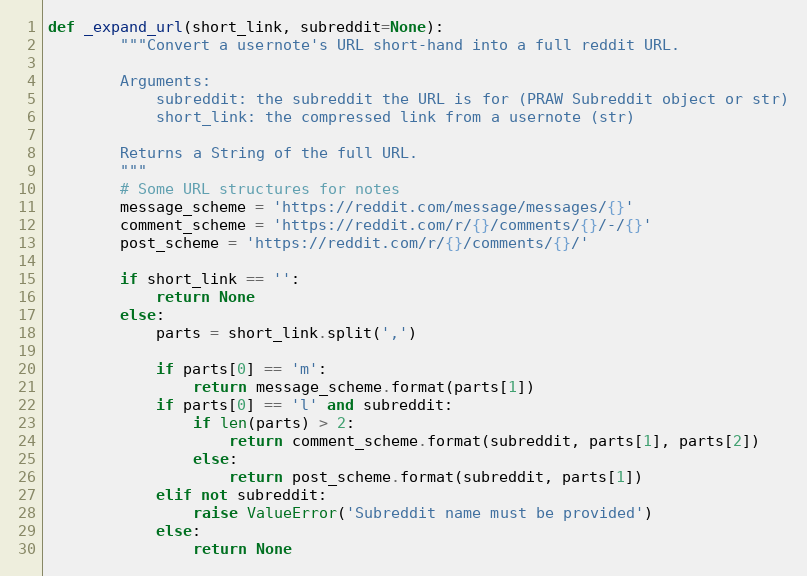
Language: Python
def _expand_url(short_link, subreddit=None):
        """Convert a usernote's URL short-hand into a full reddit URL.

        Arguments:
            subreddit: the subreddit the URL is for (PRAW Subreddit object or str)
            short_link: the compressed link from a usernote (str)

        Returns a String of the full URL.
        """
        # Some URL structures for notes
        message_scheme = 'https://reddit.com/message/messages/{}'
        comment_scheme = 'https://reddit.com/r/{}/comments/{}/-/{}'
        post_scheme = 'https://reddit.com/r/{}/comments/{}/'

        if short_link == '':
            return None
        else:
            parts = short_link.split(',')

            if parts[0] == 'm':
                return message_scheme.format(parts[1])
            if parts[0] == 'l' and subreddit:
                if len(parts) > 2:
                    return comment_scheme.format(subreddit, parts[1], parts[2])
                else:
                    return post_scheme.format(subreddit, parts[1])
            elif not subreddit:
                raise ValueError('Subreddit name must be provided')
            else:
                return None